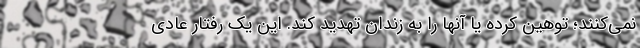
نمی‌کنند؛ توهین کرده یا آنها را به زندان تهدید کند. این یک رفتار عادی